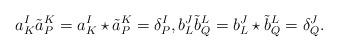
LaTeX: \begin{align*} a_K^I \tilde a_P^K = a_K^I \star \tilde a_P^K = \delta^I_P, b_L^J \tilde b_Q^L = b_L^J \star \tilde b_Q^L = \delta^J_Q.\end{align*}